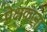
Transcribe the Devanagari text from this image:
प्रेक्षकाना